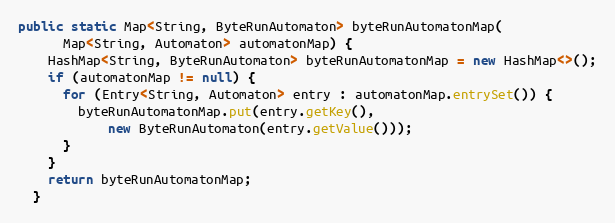
Language: Java
public static Map<String, ByteRunAutomaton> byteRunAutomatonMap(
      Map<String, Automaton> automatonMap) {
    HashMap<String, ByteRunAutomaton> byteRunAutomatonMap = new HashMap<>();
    if (automatonMap != null) {
      for (Entry<String, Automaton> entry : automatonMap.entrySet()) {
        byteRunAutomatonMap.put(entry.getKey(),
            new ByteRunAutomaton(entry.getValue()));
      }
    }
    return byteRunAutomatonMap;
  }